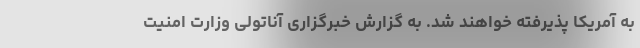
به آمریکا پذیرفته خواهند شد. به گزارش خبرگزاری آناتولی وزارت امنیت